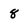
Character: 8